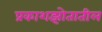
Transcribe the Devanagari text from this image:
प्रकाशझोतातील